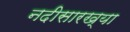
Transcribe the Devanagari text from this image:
नदीसारख्या